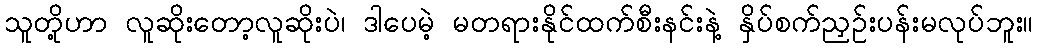
သူတို့ဟာ လူဆိုးတော့လူဆိုးပဲ၊ ဒါပေမဲ့ မတရားနိုင်ထက်စီးနင်းနဲ့ နှိပ်စက်ညှဉ်းပန်းမလုပ်ဘူး။